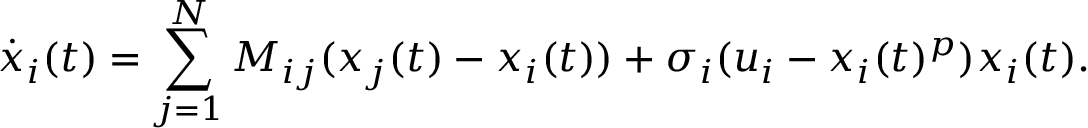
\dot { x } _ { i } ( t ) = \sum _ { j = 1 } ^ { N } M _ { i j } ( x _ { j } ( t ) - x _ { i } ( t ) ) + \sigma _ { i } ( u _ { i } - x _ { i } ( t ) ^ { p } ) x _ { i } ( t ) .